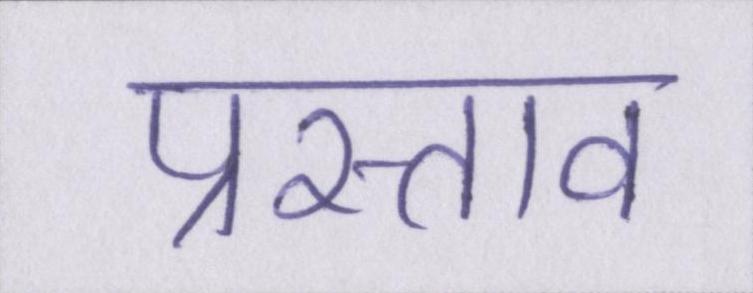
प्रस्ताव